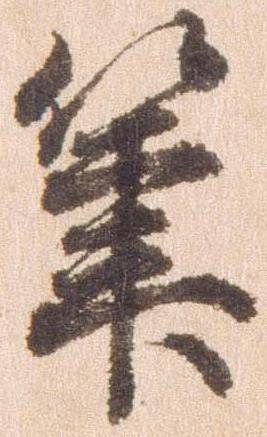
筆